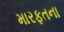
મારફતના